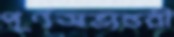
পূর্ণঅভ্যন্তরী